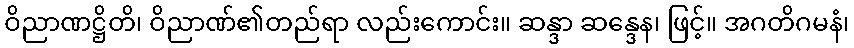
ဝိညာဏဋ္ဌိတိ၊ ဝိညာဏ်၏တည်ရာ လည်းကောင်း။ ဆန္ဒာ ဆန္ဒေန၊ ဖြင့်။ အဂတိဂမနံ၊